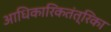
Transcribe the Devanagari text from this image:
आधिकारिकतंत्रिका